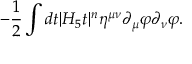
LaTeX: - { \frac { 1 } { 2 } } \int d t | H _ { 5 } t | ^ { n } \eta ^ { \mu \nu } \partial _ { \mu } \varphi \partial _ { \nu } \varphi .